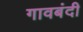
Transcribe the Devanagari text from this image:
गावबंदी